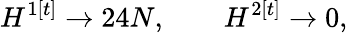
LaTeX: H^{1[t]}\rightarrow 24N,\qquad H^{2[t]}\rightarrow 0,